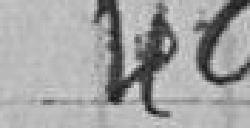
49